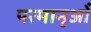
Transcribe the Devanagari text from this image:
परमानुओं